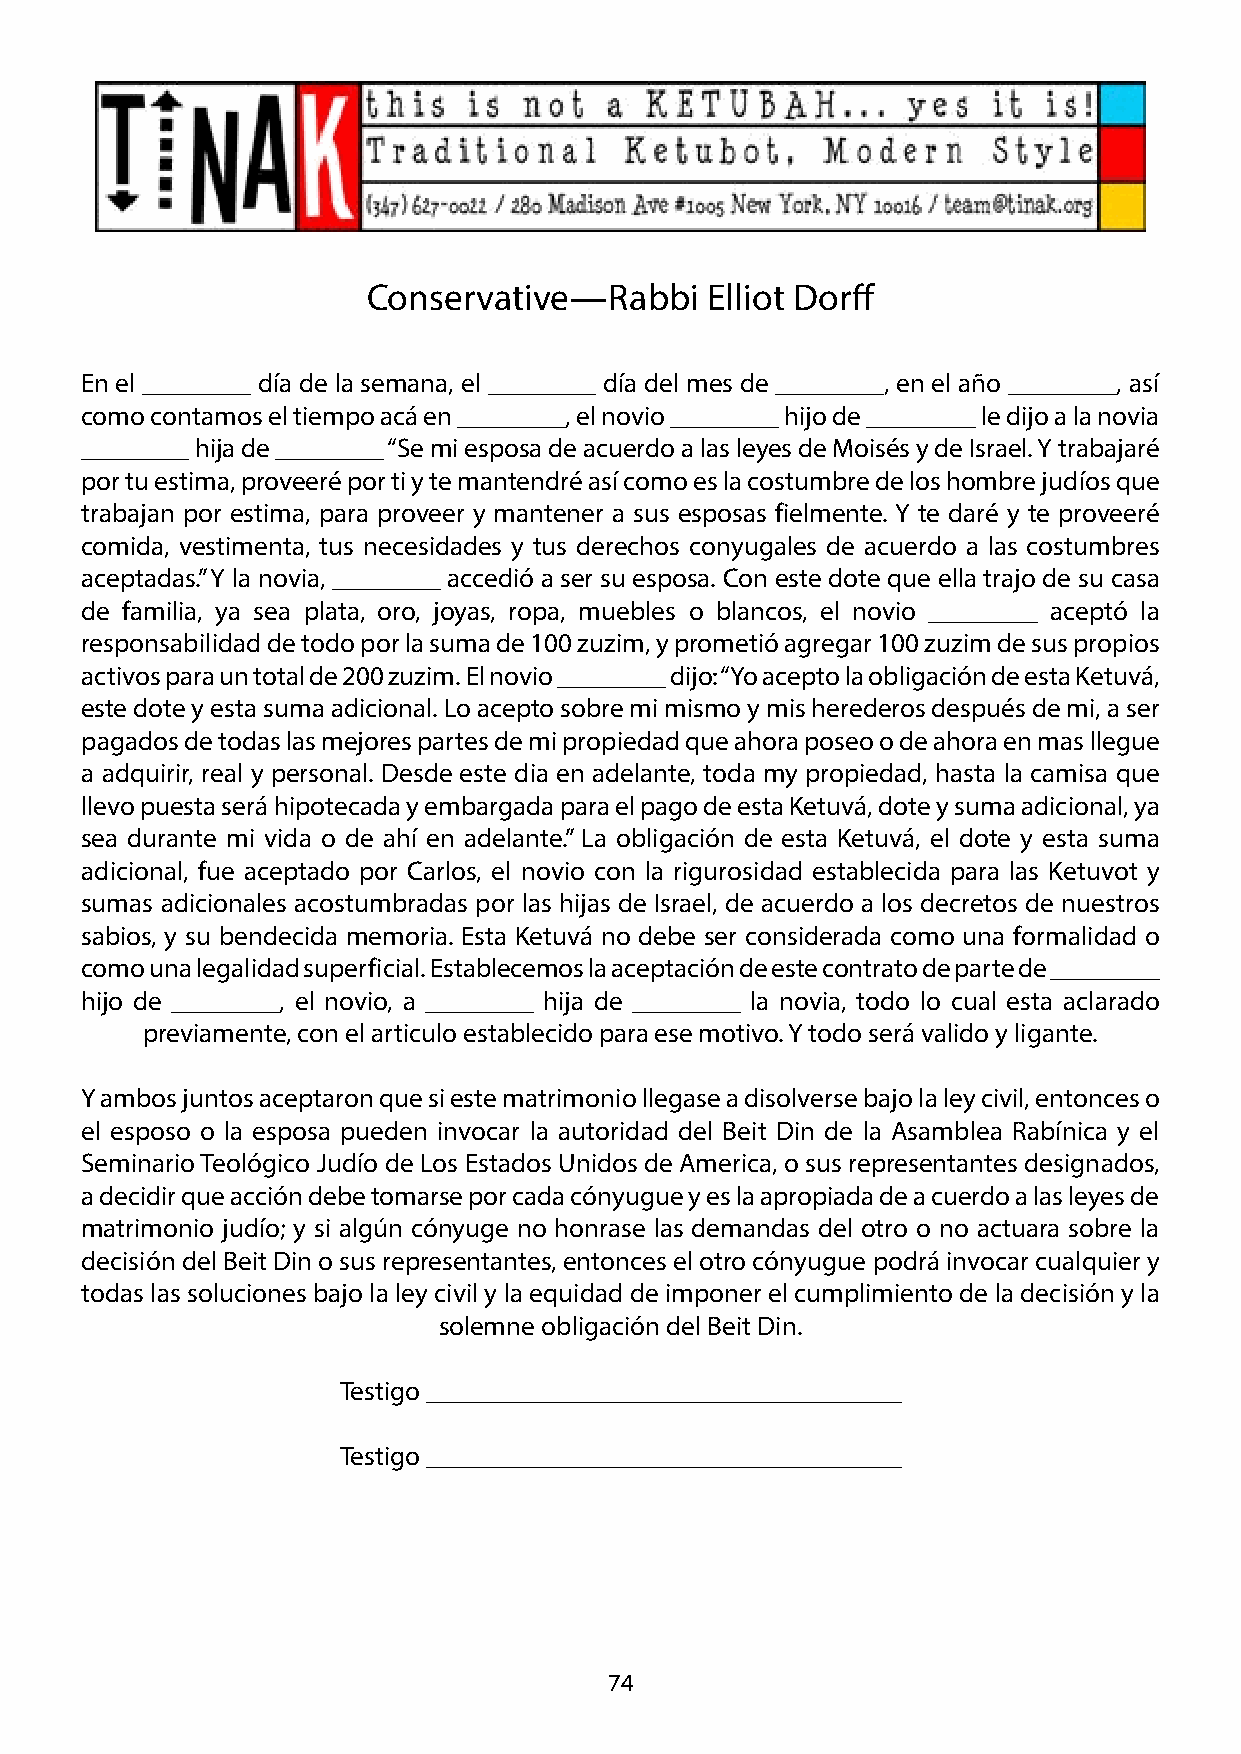
Conservative—Rabbi     Elliot Dorff
 En el ________ día de la semana, el ________ día del mes de ________, en el año ________, así
 como contamos el tiempo acá en ________, el novio ________ hijo de ________ le dijo a la novia
 ________ hija de ________ “Se mi esposa de acuerdo a las leyes de Moisés y de Israel. Y trabajaré
 por tu estima, proveeré por ti y te mantendré así como es la costumbre de los hombre judíos que
 trabajan por estima, para proveer y mantener a sus esposas fielmente. Y te daré y te proveeré
 comida, vestimenta, tus necesidades y tus derechos conyugales de acuerdo a las costumbres
 aceptadas.” Y la novia, ________ accedió a ser su esposa. Con este dote que ella trajo de su casa
 de familia, ya sea plata, oro, joyas, ropa, muebles o blancos, el novio ________ aceptó la
 responsabilidad de todo por la suma de 100 zuzim, y prometió agregar 100 zuzim de sus propios
 activos para un total de 200 zuzim. El novio ________ dijo: “Yo acepto la obligación de esta Ketuvá,
 este dote y esta suma adicional. Lo acepto sobre mi mismo y mis herederos después de mi, a ser
 pagados de todas las mejores partes de mi propiedad que ahora poseo o de ahora en mas llegue
 a adquirir, real y personal. Desde este dia en adelante, toda my propiedad, hasta la camisa que
 llevo puesta será hipotecada y embargada para el pago de esta Ketuvá, dote y suma adicional, ya
 sea durante mi vida o de ahí en adelante.” La obligación de esta Ketuvá, el dote y esta suma
 adicional, fue aceptado por Carlos, el novio con la rigurosidad establecida para las Ketuvot y
 sumas adicionales acostumbradas por las hijas de Israel, de acuerdo a los decretos de nuestros
 sabios, y su bendecida memoria. Esta Ketuvá no debe ser considerada como una formalidad o
 como una legalidad superficial. Establecemos la aceptación de este contrato de parte de ________
 hijo de ________, el novio, a ________ hija de ________ la novia, todo lo cual esta aclarado
 previamente, con el articulo establecido para ese motivo. Y todo será valido y ligante.
 Y ambos juntos aceptaron que si este matrimonio llegase a disolverse bajo la ley civil, entonces o
 el esposo o la esposa pueden invocar la autoridad del Beit Din de la Asamblea Rabínica y el
 Seminario Teológico Judío de Los Estados Unidos de America, o sus representantes designados,
 a decidir que acción debe tomarse por cada cónyugue y es la apropiada de a cuerdo a las leyes de
 matrimonio judío; y si algún cónyuge no honrase las demandas del otro o no actuara sobre la
 decisión del Beit Din o sus representantes, entonces el otro cónyugue podrá invocar cualquier y
 todas las soluciones bajo la ley civil y la equidad de imponer el cumplimiento de la decisión y la
 solemne obligación del Beit Din.
 Testigo ___________________________________
 Testigo ___________________________________
 74